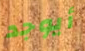
أيوجد